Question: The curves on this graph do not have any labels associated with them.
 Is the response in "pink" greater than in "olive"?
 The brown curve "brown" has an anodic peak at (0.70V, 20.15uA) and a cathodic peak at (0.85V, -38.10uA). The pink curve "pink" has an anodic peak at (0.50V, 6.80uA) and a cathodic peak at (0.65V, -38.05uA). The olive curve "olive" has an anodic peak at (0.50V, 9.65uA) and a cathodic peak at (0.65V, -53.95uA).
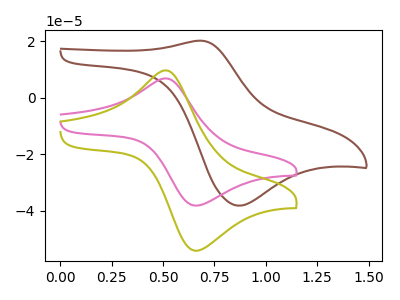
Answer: <think>All the peaks in "pink" have a peak in "olive" at the same potential. Every peak in "pink" is lower than every peak in "olive".
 </think>
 <answer>"pink" has less signal than "olive".</answer>
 <eval>less_signal</eval>